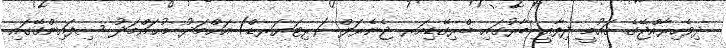
ދިވެހިރާއްޖޭގެ ޤައުމީ ދިފާޢީ ބާރުގައި ބްރިގޭޑިއަރ ޖެނެރަލް (ރިޓަޔަރޑް) އަޙްމަދު މުޙައްމަދު ސިފައިންގޭގައި